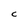
Character: C